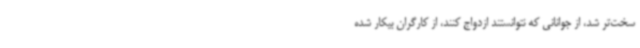
سخت‌تر شد، از جوانانی که نتوانستند ازدواج کنند، از کارگران بیکار شده